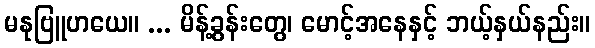
မနုဗြူဟယေ။ ... မိန့်ခွန်းတွေ၊ မောင့်အနေနှင့် ဘယ့်နှယ်နည်း။